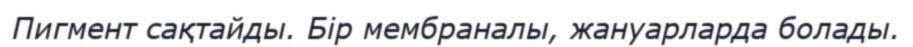
Пигмент сақтайды. Бір мембраналы, жануарларда болады.